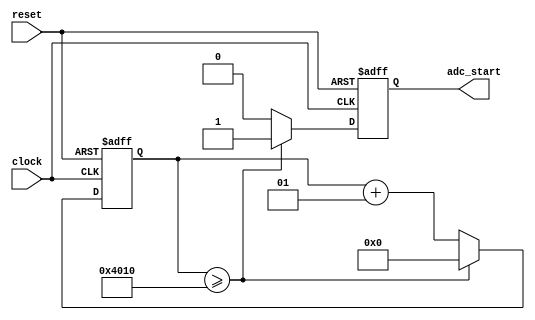
module genStart(reset, clock, adc_start);
 input reset, clock;
 output adc_start;
 
 reg adc_start;
 integer count;
 
 always @(negedge reset or posedge clock)
 begin
  if (reset == 0) begin
	adc_start = 0;
   count=0;
  end else begin 
   if (count >= 16400) begin
    count=0;
	 adc_start=1;
	end else begin
    adc_start = 0;
	 count=count+1;
	end
  end
 end

endmodule